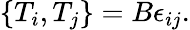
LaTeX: \{ T_{i},T_{j}\} =B\epsilon_{ij}.